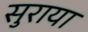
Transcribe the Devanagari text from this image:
सुराया